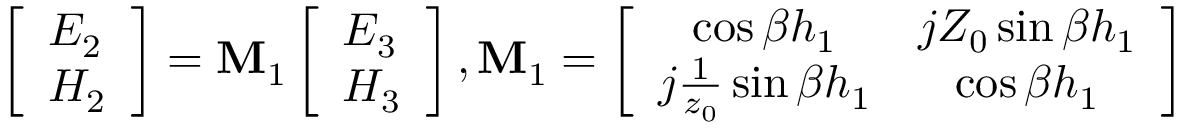
\left[ \begin{array} { l } { E _ { 2 } } \\ { H _ { 2 } } \end{array} \right] = \mathbf { M } _ { 1 } \left[ \begin{array} { l } { E _ { 3 } } \\ { H _ { 3 } } \end{array} \right] , \mathbf { M } _ { 1 } = \left[ \begin{array} { c c } { \cos \beta h _ { 1 } } & { j Z _ { 0 } \sin \beta h _ { 1 } } \\ { j \frac { 1 } { z _ { 0 } } \sin \beta h _ { 1 } } & { \cos \beta h _ { 1 } } \end{array} \right]